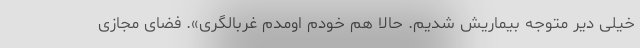
خیلی دیر متوجه بیماریش شدیم. حالا هم خودم اومدم غربالگری». فضای مجازی